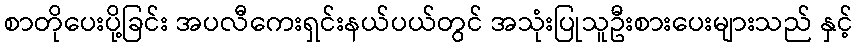
စာတိုပေးပို့ခြင်း အပလီကေးရှင်းနယ်ပယ်တွင် အသုံးပြုသူဦးစားပေးများသည် နှင့်